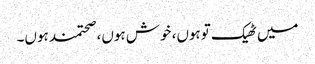
میں ٹھیک توہوں، خوش ہوں، صحتمند ہوں۔